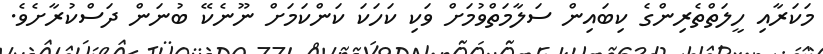
މަކަރާއި ހީލަތްތެރިންގެ ކިބައިން ސަލާމަތްވުމަށް ވަކި ކަހަކަ ކަންކަމަށް ނޫނެކޭ ބުނަން ދަސްކުރާށެވެ.